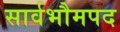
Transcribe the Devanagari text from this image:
सार्वभौमपद